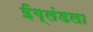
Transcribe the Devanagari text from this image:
ईंग्लंडला